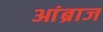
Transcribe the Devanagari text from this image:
आंब्राज